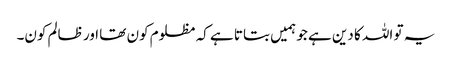
یہ تو اللہ کا دین ہے جو ہمیں بتاتا ہے کہ مظلوم کون تھا اور ظالم کون۔